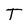
Character: T